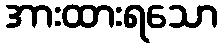
အားထားရသော